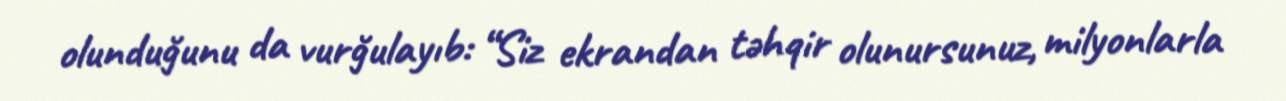
olunduğunu da vurğulayıb: “Siz ekrandan təhqir olunursunuz, milyonlarla